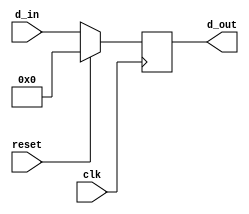
module reg32 (clk, reset, d_in, d_out);
    input       	clk, reset;
    input	[31:0]	d_in;
    output 	[31:0] 	d_out;
    reg 	[31:0]	 d_out;
   
    always @(posedge clk)
    begin
        if (reset) d_out <= 0;
        else d_out <= d_in;
    end

endmodule